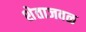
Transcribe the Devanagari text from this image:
शेताजवळ